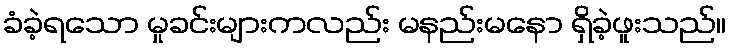
ခံခဲ့ရသော မှုခင်းများကလည်း မနည်းမနော ရှိခဲ့ဖူးသည်။